画像に写った文字を読んでください
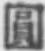
「圓」と書いてあります